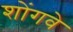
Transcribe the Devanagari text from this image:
शोंगवे